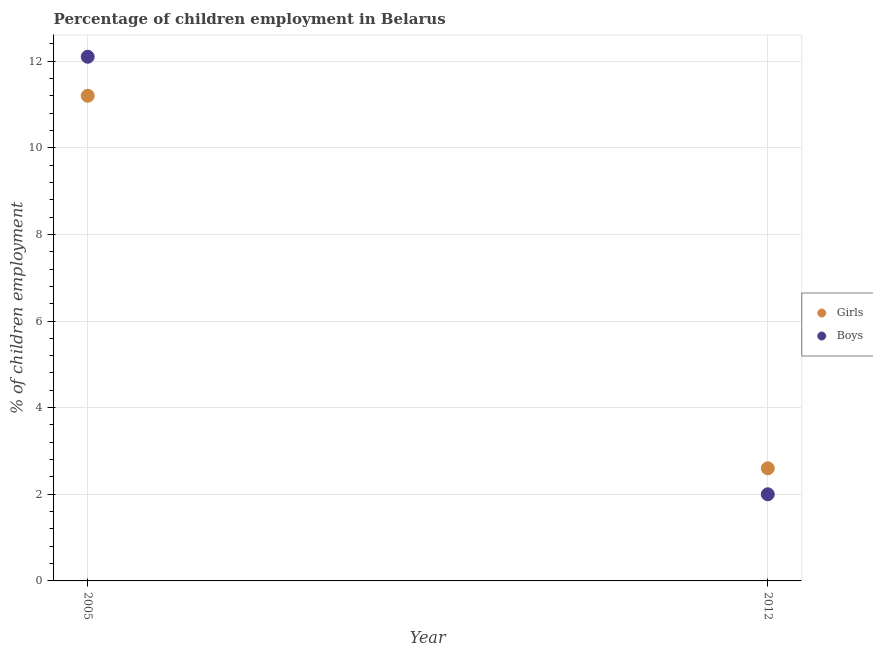
| Year | Girls | Boys |
 | --- | --- | --- |
 | 2005 | 11.2 | 12.1 |
 | 2012 | 2.6 | 2 |